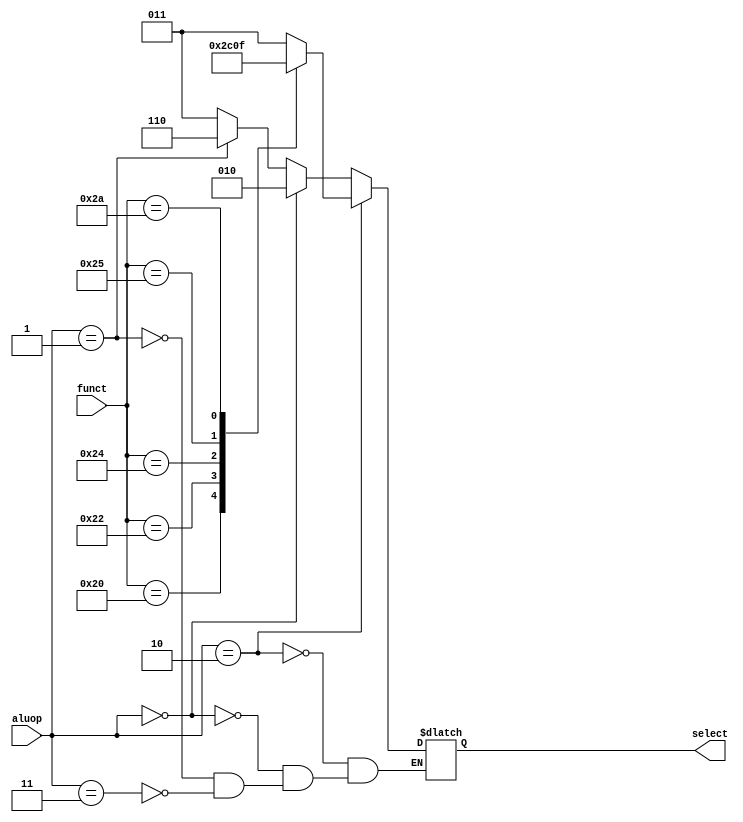
`timescale 1ns / 1ps

module Alu_control(
    input wire [5:0]	funct, 
    input wire [1:0] aluop,
    output reg [2:0] select);

parameter	Rtype =  2'b10; 

parameter 	lwsw = 2'b00,
				Itype = 2'b01,
				xis = 6'bXXXXXX;   
parameter	ALUadd = 3'b010, 
				ALUsub = 3'b110,
				ALUand =	3'b000,
				ALUor =	3'b001,
				ALUslt =	3'b111;

parameter	unknown =	2'b11, 
				ALUx =		3'b011;
parameter	FUNCTadd =  6'b100000,
				FUNCTsub =  6'b100010,
				FUNCTand = 	6'b100100,
				FUNCTor  =  6'b100101,
				FUNCTslt = 	6'b101010;

initial		
	select <= 0;

always@* begin 
	if (aluop == Rtype)
	begin
		case(funct)

	FUNCTadd: 	select <= ALUadd;
	FUNCTsub: 	select <= ALUsub;
	FUNCTand:	select <= ALUand;
	FUNCTor:		select <= ALUor;
	FUNCTslt:	select <= ALUslt;
	default:			select <= ALUx;

	endcase
end

	else if (aluop == lwsw)
      begin
		select <= ALUadd;
		end
	else if (aluop == Itype)
      begin
		select <= ALUsub;
		end
	else if (aluop == unknown)
		begin
		select <= ALUx;
		end
	else
	begin
		select <= select;
   end
end


endmodule